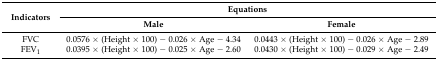
<table><thead><tr><td rowspan="2"><b>Indicators</b></td><td colspan="2"><b>Equations</b></td></tr><tr><td><b>Male</b></td><td><b>Female</b></td></tr></thead><tbody><tr><td>FVC</td><td>0.0576 × (Height × 100) − 0.026 × Age − 4.34</td><td>0.0443 × (Height × 100) − 0.026 × Age − 2.89</td></tr><tr><td>FEV<sub>1</sub></td><td>0.0395 × (Height × 100) − 0.025 × Age − 2.60</td><td>0.0430 × (Height × 100) − 0.029 × Age − 2.49</td></tr></tbody></table>